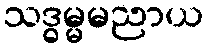
သဒ္ဓမ္မမညာယ